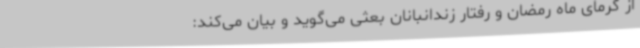
از گرمای ماه رمضان و رفتار زندانبانان بعثی می‌گوید و بیان می‌کند: